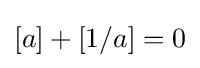
[a]+[1/a]=0